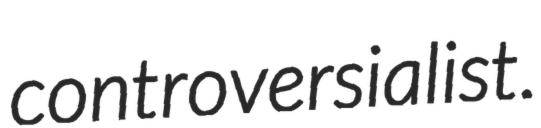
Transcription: controversialist.